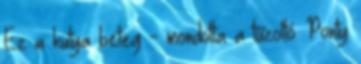
Ez a kutya beteg - mondotta a tűzoltó. Ponty